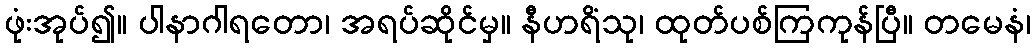
ဖုံးအုပ်၍။ ပါနာဂါရတော၊ အရပ်ဆိုင်မှ။ နီဟရိံသု၊ ထုတ်ပစ်ကြကုန်ပြီ။ တမေနံ၊